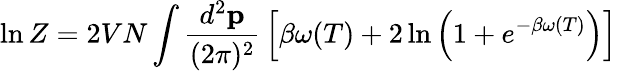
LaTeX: \ln Z=2VN\int{\frac{d^{2}{\mathbf p}}{(2\pi)^{2}}}\left[\beta\omega(T)+2\ln\left(1+e^{-\beta\omega(T)}\right)\right]